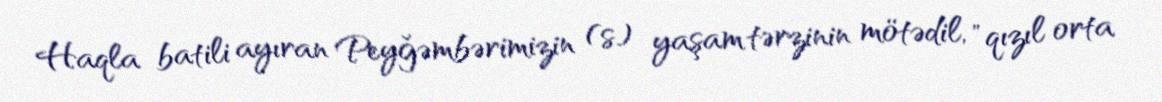
Haqla batili ayıran Peyğəmbərimizin (s) yaşam tərzinin mötədil, "qızıl orta